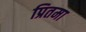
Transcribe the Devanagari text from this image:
प्रितमा